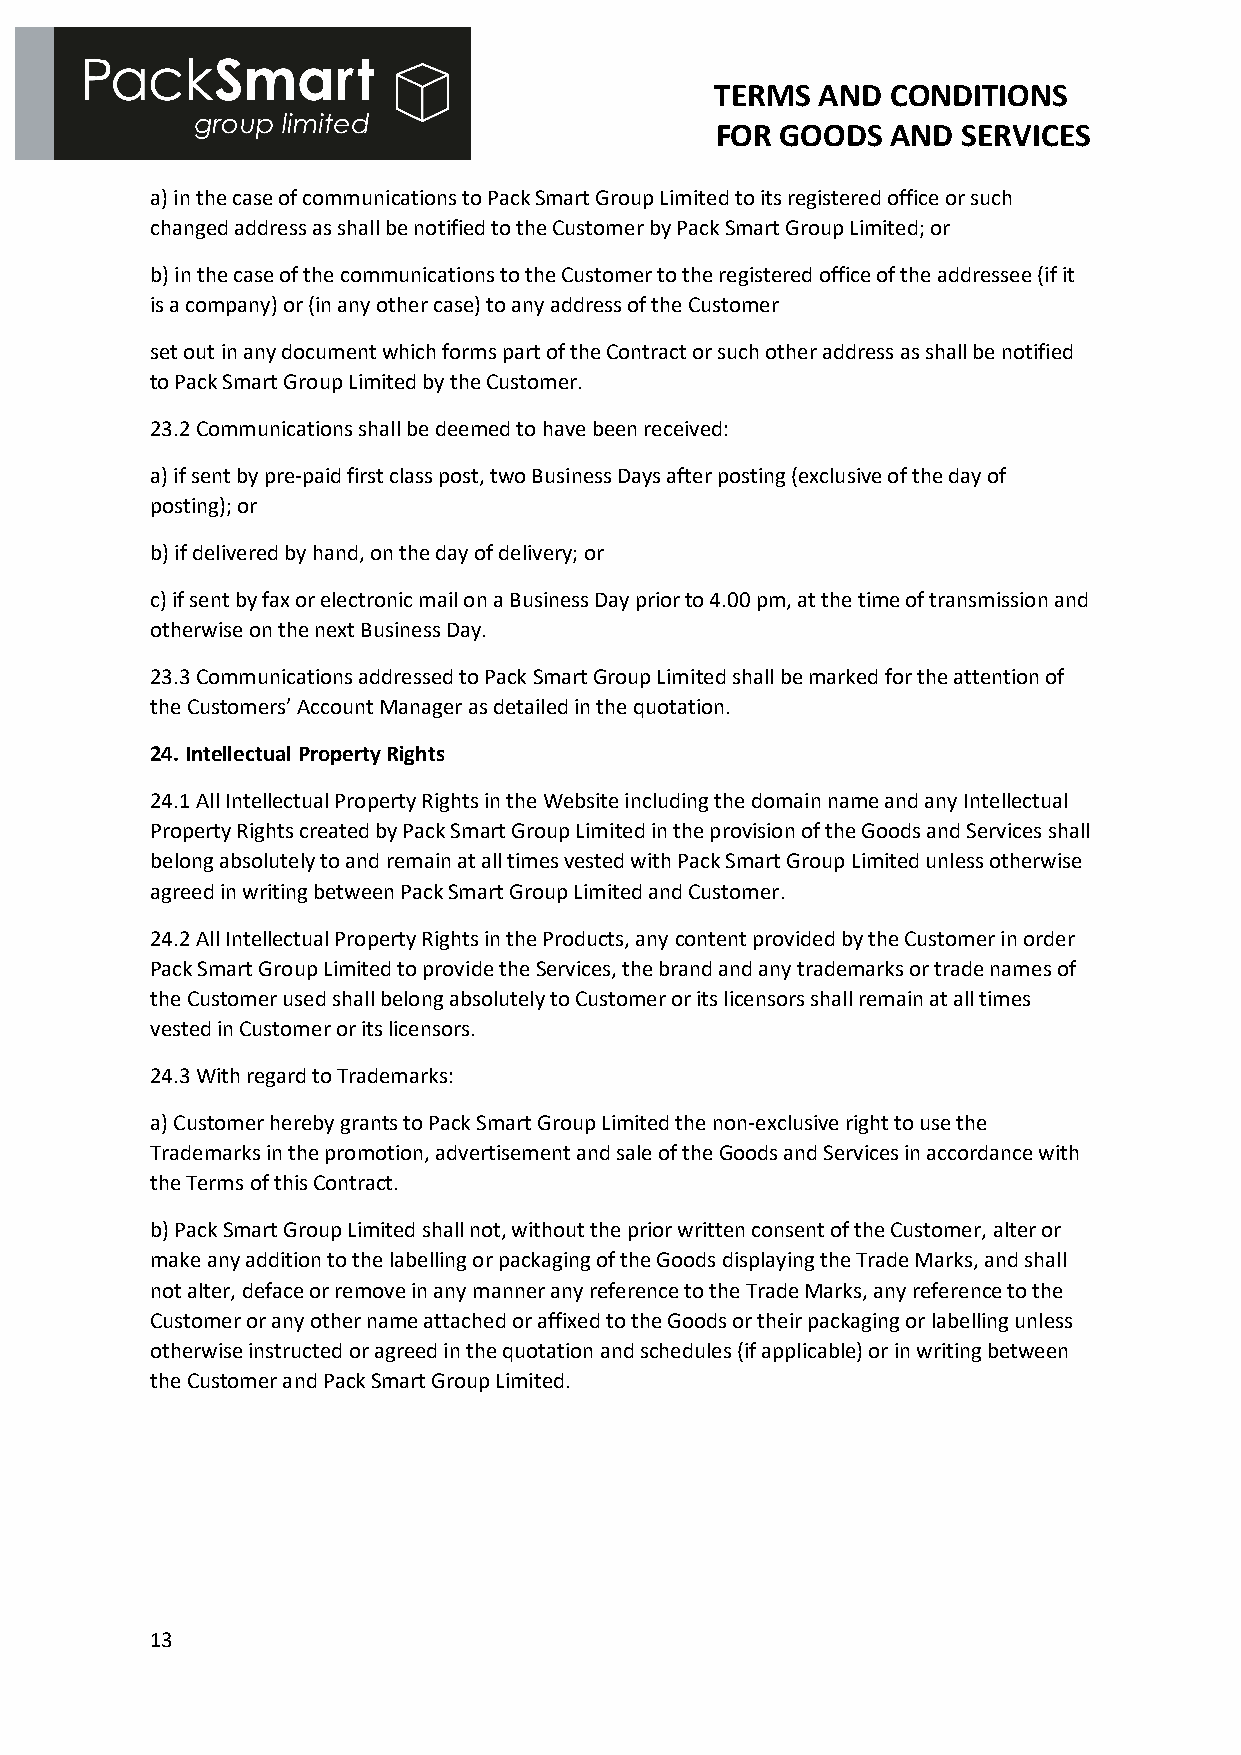
TERMS  AND  CONDITIONS
 FOR  GOODS  AND  SERVICES
 a) in the case of communications to Pack Smart Group Limited to its registered office or such
 changed address as shall be notified to the Customer by Pack Smart Group Limited; or
 b) in the case of the communications to the Customer to the registered office of the addressee (if it
 is a company) or (in any other case) to any address of the Customer
 set out in any document which forms part of the Contract or such other address as shall be notified
 to Pack Smart Group Limited by the Customer.
 23.2 Communications shall be deemed to have been received:
 a) if sent by pre-paid first class post, two Business Days after posting (exclusive of the day of
 posting); or
 b) if delivered by hand, on the day of delivery; or
 c) if sent by fax or electronic mail on a Business Day prior to 4.00 pm, at the time of transmission and
 otherwise on the next Business Day.
 23.3 Communications addressed to Pack Smart Group Limited shall be marked for the attention of
 the Customers’ Account Manager as detailed in the quotation.
 24. Intellectual Property Rights
 24.1 All Intellectual Property Rights in the Website including the domain name and any Intellectual
 Property Rights created by Pack Smart Group Limited in the provision of the Goods and Services shall
 belong absolutely to and remain at all times vested with Pack Smart Group Limited unless otherwise
 agreed in writing between Pack Smart Group Limited and Customer.
 24.2 All Intellectual Property Rights in the Products, any content provided by the Customer in order
 Pack Smart Group Limited to provide the Services, the brand and any trademarks or trade names of
 the Customer used shall belong absolutely to Customer or its licensors shall remain at all times
 vested in Customer or its licensors.
 24.3 With regard to Trademarks:
 a) Customer hereby grants to Pack Smart Group Limited the non-exclusive right to use the
 Trademarks in the promotion, advertisement and sale of the Goods and Services in accordance with
 the Terms of this Contract.
 b) Pack Smart Group Limited shall not, without the prior written consent of the Customer, alter or
 make any addition to the labelling or packaging of the Goods displaying the Trade Marks, and shall
 not alter, deface or remove in any manner any reference to the Trade Marks, any reference to the
 Customer or any other name attached or affixed to the Goods or their packaging or labelling unless
 otherwise instructed or agreed in the quotation and schedules (if applicable) or in writing between
 the Customer and Pack Smart Group Limited.
 13